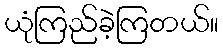
ယုံကြည်ခဲ့ကြတယ်။